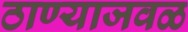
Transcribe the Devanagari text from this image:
ठाण्याजवळ